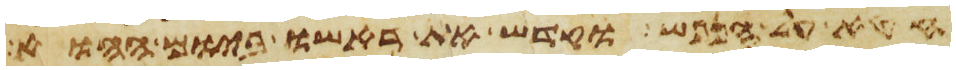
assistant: חטא על הנפש וקדש את ראשו ביום ההוא